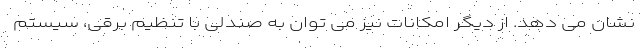
نشان می دهد. از دیگر امکانات نیز می توان به صندلی با تنظیم برقی، سیستم